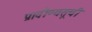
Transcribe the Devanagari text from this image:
प्रावीण्यसूची